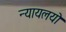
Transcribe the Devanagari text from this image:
न्यायलयो